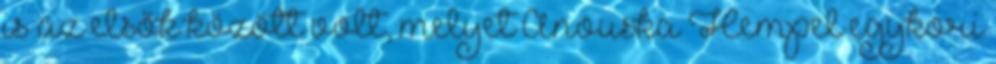
is az elsők között volt, melyet Anouska Hempel egykori